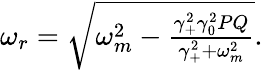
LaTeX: \begin{array}{r}{\omega_{r}=\sqrt{\omega_{m}^{2}-\frac{\gamma_{+}^{2}\gamma_{0}^{2}PQ}{\gamma_{+}^{2}+\omega_{m}^{2}}}.}\end{array}